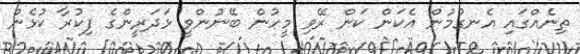
ތިނެއްގައި އެނގުމުން އެކަން ކަން ރޭވި މީހުން ބޭނުންވީ ޅަދަރީންގެ ފިކުރާ ކުޅެން